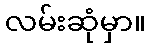
လမ်းဆုံမှာ။